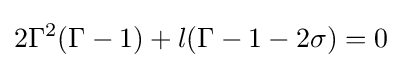
2\Gamma ^{2}(\Gamma -1)+l(\Gamma -1-2\sigma )=0